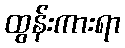
ထွန်းကားရာ